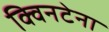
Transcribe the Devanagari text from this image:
क्विनटेना